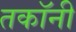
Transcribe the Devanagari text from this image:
तकॉनी